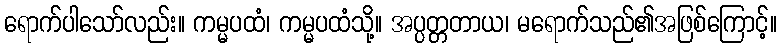
ရောက်ပါသော်လည်း။ ကမ္မပထံ၊ ကမ္မပထံသို့။ အပ္ပတ္တတာယ၊ မရောက်သည်၏အဖြစ်ကြောင့်။